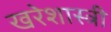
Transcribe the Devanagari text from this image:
खरेशास्त्री